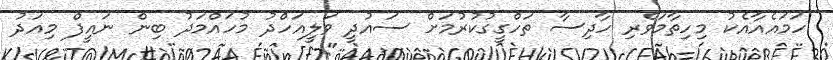
ހަމައެއާއެކު މިހިތާމަވެރި ހާދިސާ ތަހްގީގުކުރުމަށް ސައުދީ ވަލީއަހްދު މުހައްމަދު ބިން ނައީފް މިއަދު